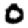
Digit: 0